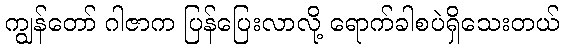
ကျွန်တော် ဂါဇာက ပြန်ပြေးလာလို့ ရောက်ခါစပဲရှိသေးတယ်